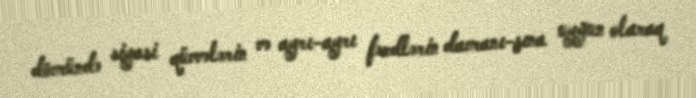
dövründə siyasi qüvvələrin və ayrı-ayrı fərdlərin davranı-şına uyğun olaraq